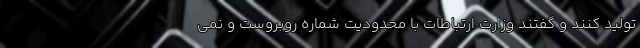
تولید کنند و گفتند وزارت ارتباطات با محدودیت شماره روبروست و نمی